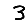
Digit: 3